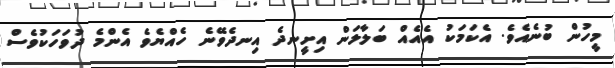
މީހުން ބުނެއެވެ. އެކަމަކު އެއެއް ބަލާލަން އިށީނދެ އިނދެވޭނެ ހެއްޔެވެ އެންމެ ދުވަހަކުވެސް